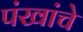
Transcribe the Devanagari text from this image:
पंखांचे